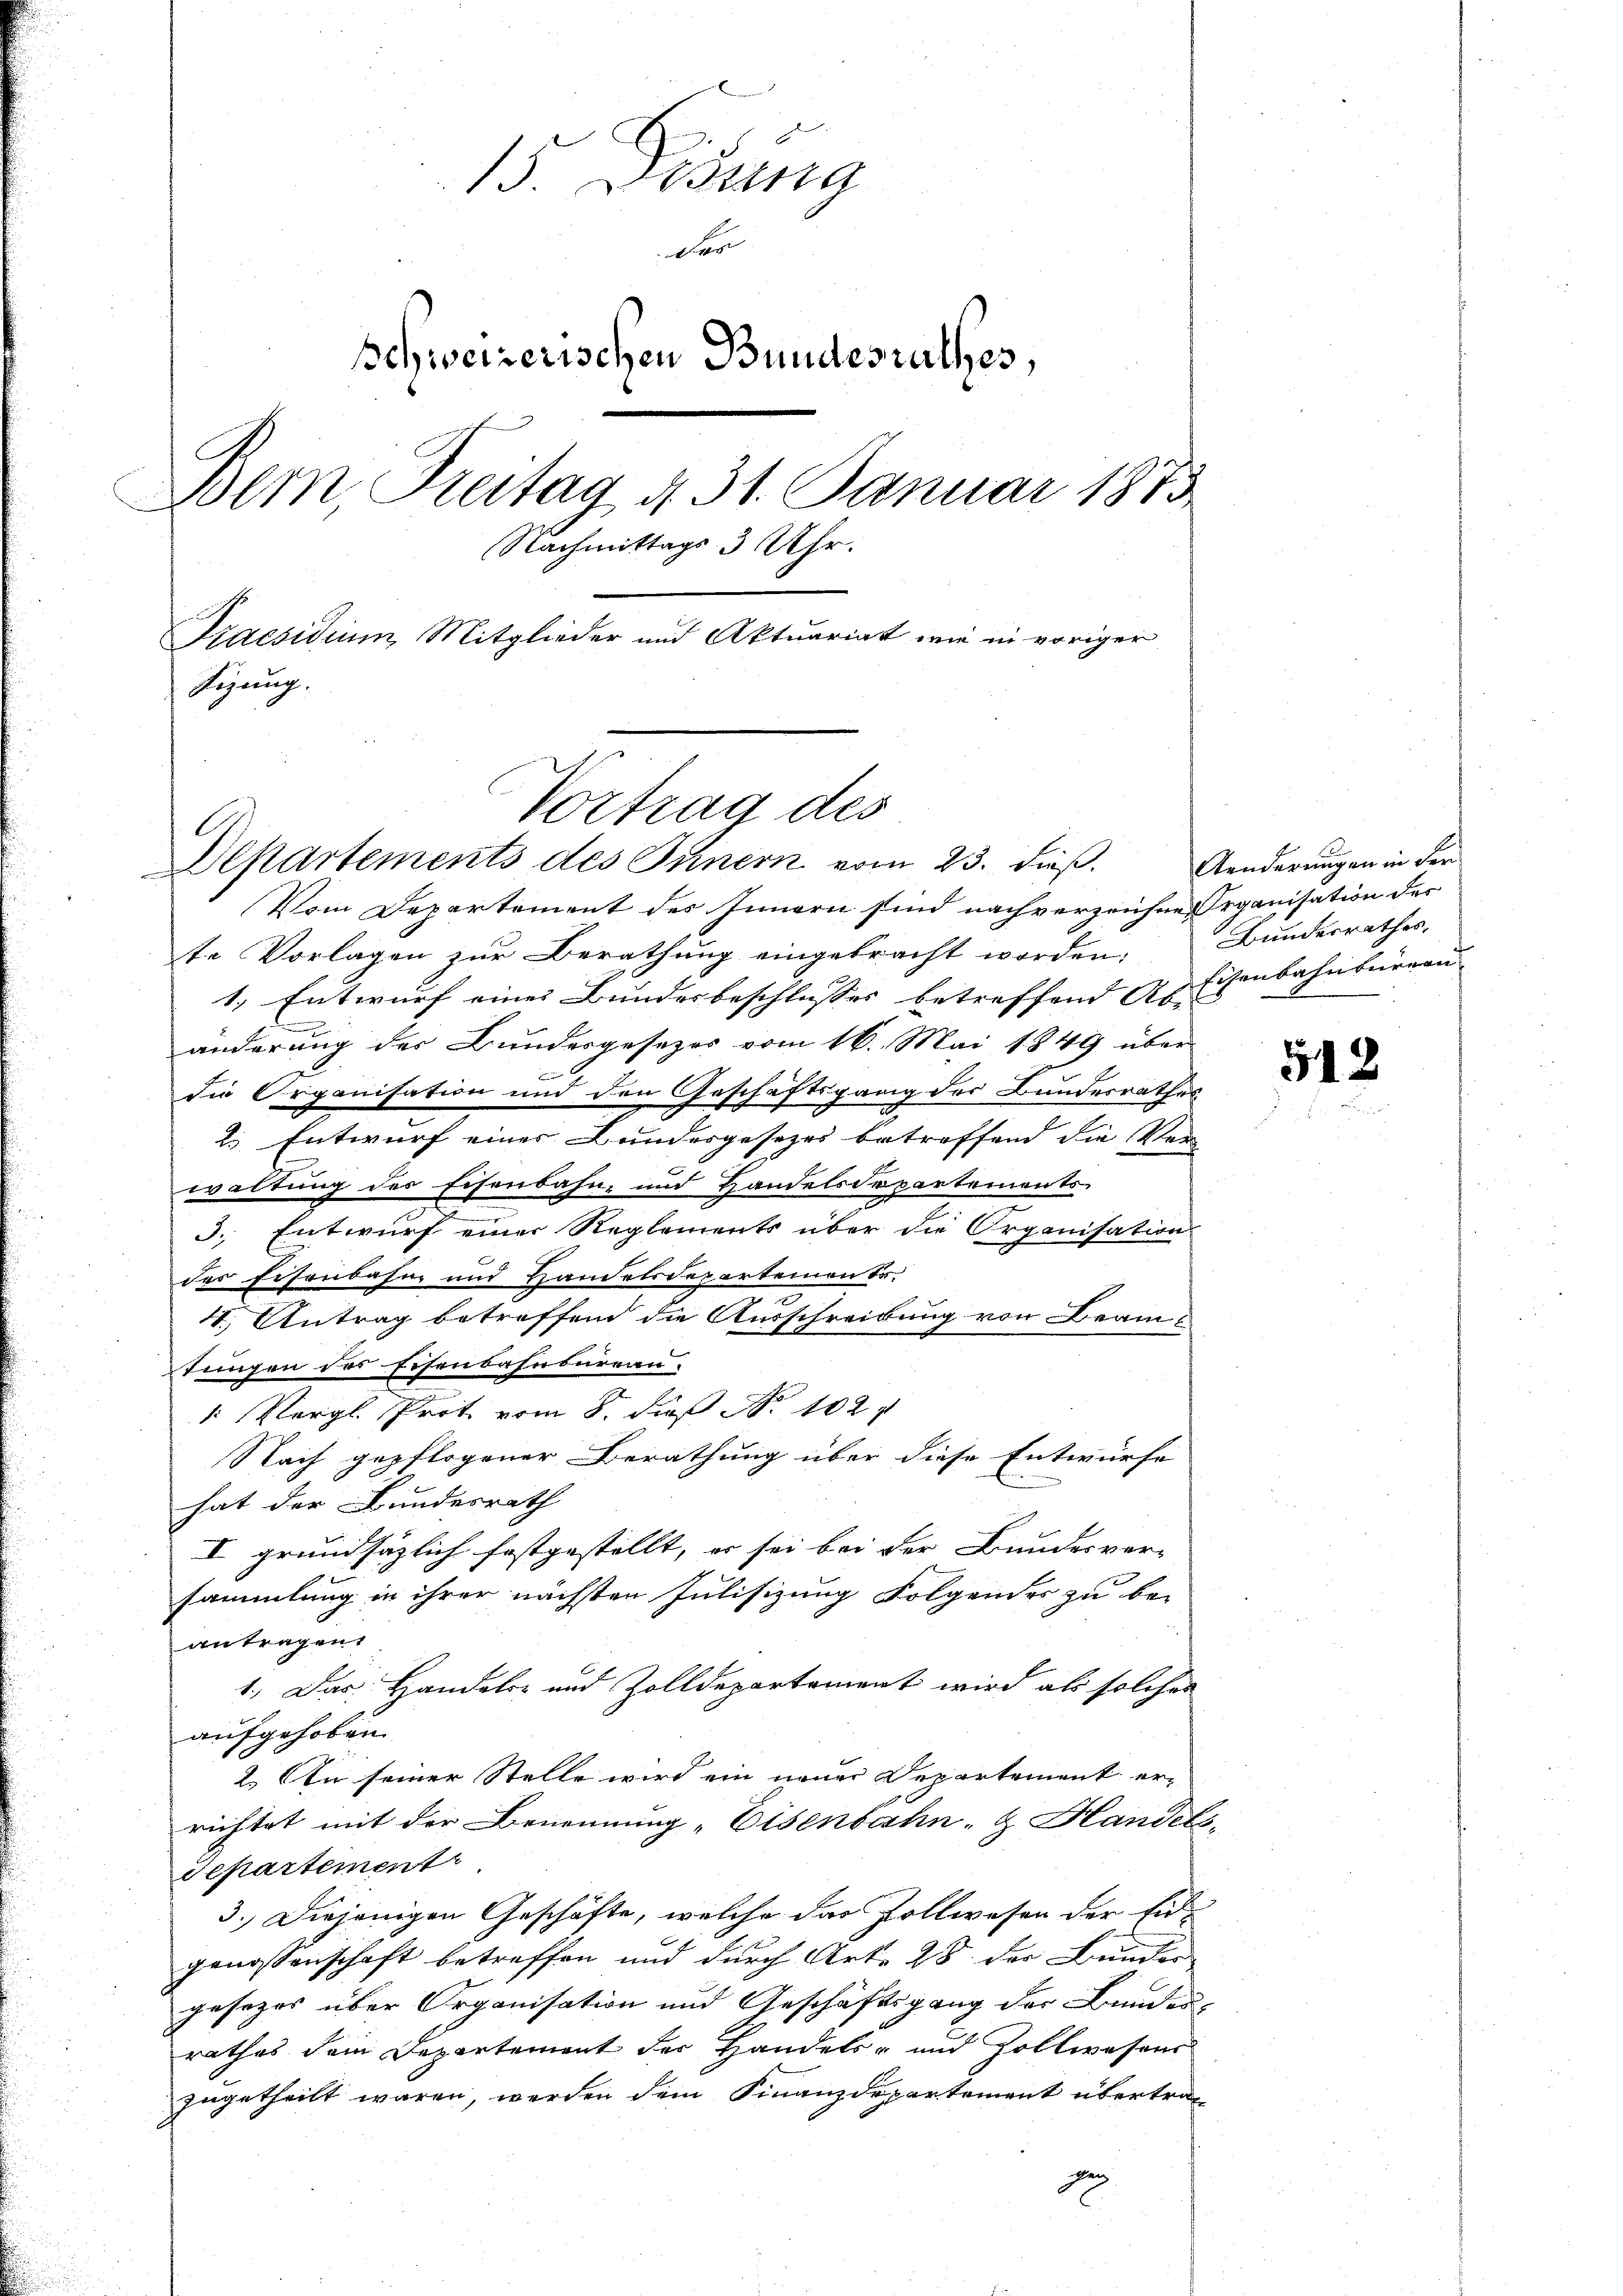
15. Dösung
der
schweizerischen Bundesrathes,
Bemn Freitag 4. 31. Januar 1873
Nachmittags 3 Uhr.
Praesidium Mitglieder und Aktuariat wie in voriger
Fizung.

s

Vortrag des

Departements des Innern vom 23. dieß.
Vom Departement des Innern sind nachverzeichnen Organisation der
te Vorlagen zur Berathung eingebracht worden. Bundesrathes,
1.) Entwurf eines Bundesbeschlusses betreffend A. Eisenbahnburgen |
E
änderung der Bundesgesetzes vom 16. Mai 1849 über
6
die Organisation und den Geschäftsgang des Bundesrathes
2.) Entwurf eines Bundesgesetzes betreffend die Ver
waltung des Eisenbahn- und Handelsdepartements
3. Entwurf einer Reglements über die Organisation
der Eisenbahn und Handelsdepartementr.
4. Antrag betreffend die Ausschreibung von Beam
tungen des Eisenbahnbureau.
2
1: Vergl. Prot vom 8. dieß Nr. 102
Nach gepflogener Berathung über diese Entwürfe
hat der Bundesrath
I grundsätzlich festgestellt, er sei bei der Bundesver-
sammlung in ihrer nächsten Julisizung Folgendes zu be-
antragen
1.) Das Handels- und Zolldepartement wird als solches
aufgehoben.
2.) An seiner Stelle wird ein neuer Departement er-
richtet mit der Benennung „Eisenbahn- & Handel
departement
3.) Diejenigen Geschäfte, welche das Zollwesen der Eidgenossenschaft betreffen und durch Arte 28 der Bunder
gesezes über Organisation und Geschäftsgang der Bundes-
rathes dem Departement der Handels- und Zollwesens
zugetheilt waren, werden dem Finanzdepartement übertrag
n

Aenderungen in der

54